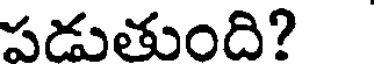
పడుతుంది?